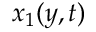
x _ { 1 } ( y , t )